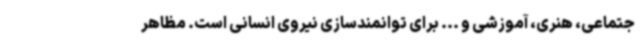
جتماعی، هنری، آموزشی و ... برای توانمندسازی نیروی انسانی است. مظاهر